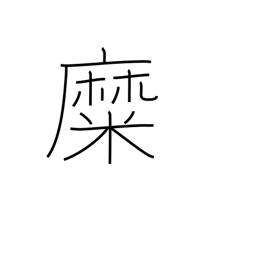
Meaning: be inflamed